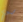
لي